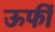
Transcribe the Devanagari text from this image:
ऊर्फी